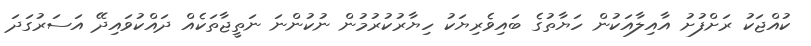
ކުއްޖަކު ރަށްފުށު އާއިލާއަކުން ހަޔާތުގެ ބައިވެރިޔަކު ހިޔާރުކުރުމުން ނުކުންނަ ނަތީޖާތަކެއް ދައްކުވައިދޭ އަސަރުގަދަ